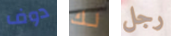
دوف لك رجل